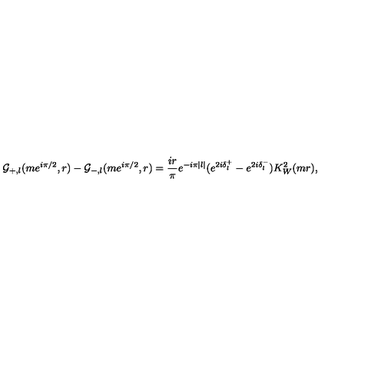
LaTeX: \mathcal { G } _ { + , l } ( m e ^ { i \pi / 2 } , r ) - \mathcal { G } _ { - , l } ( m e ^ { i \pi / 2 } , r ) = \frac { i r } { \pi } e ^ { - i \pi | l | } ( e ^ { 2 i \delta _ { l } ^ { + } } - e ^ { 2 i \delta _ { l } ^ { - } } ) K _ { W } ^ { 2 } ( m r ) ,